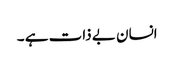
انسان بے ذات ہے ۔